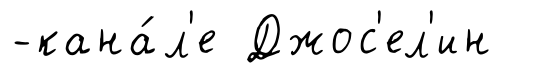
-кана́л'е Джос'ел'ин